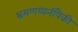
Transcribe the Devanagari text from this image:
भ्रमणध्वनींपैकी